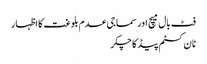
فٹ بال میچ اور سماجی عدم بلوغت کا اظہار
نا ن کسٹم پیڈ کا چکر